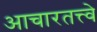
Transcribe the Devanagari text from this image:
आचारतत्त्वे